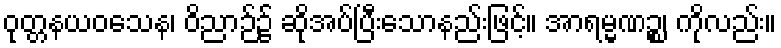
ဝုတ္တနယဝသေန၊ ဝိညာဉ်၌ ဆိုအပ်ပြီးသောနည်းဖြင့်။ အာရမ္မဏဉ္စ၊ ကိုလည်း။